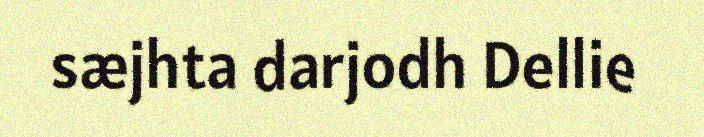
sæjhta darjodh Dellie